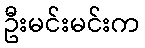
ဦးမင်းမင်းက